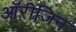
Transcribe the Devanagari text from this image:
ऑरीजिन